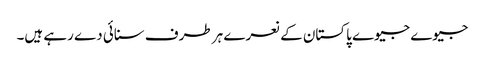
جیوے جیوے پاکستان کے نعرے ہر طرف سنائی دے رہے ہیں۔